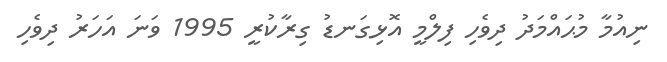
ނިއުމާ މުޙައްމަދު ދިވެހި ފިލްމީ އޮޅިގަނޑު ގިރާކުރީ 1995 ވަނަ އަހަރު ދިވެހި